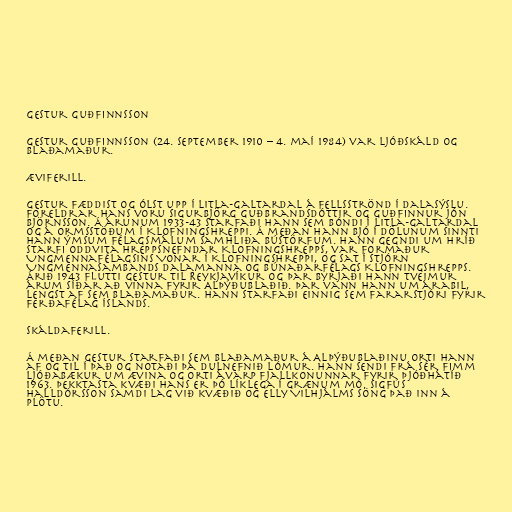
Gestur Guðfinnsson

Gestur Guðfinnsson (24. september 1910 – 4. maí 1984) var ljóðskáld og
blaðamaður.

Æviferill.

Gestur fæddist og ólst upp í Litla-Galtardal á Fellsströnd í Dalasýslu.
Foreldrar hans voru Sigurbjörg Guðbrandsdóttir og Guðfinnur Jón
Björnsson. Á árunum 1933-43 starfaði hann sem bóndi í Litla-Galtardal
og á Ormsstöðum í Klofningshreppi. Á meðan hann bjó í Dölunum sinnti
hann ýmsum félagsmálum samhliða bústörfum. Hann gegndi um hríð
starfi oddvita hreppsnefndar Klofningshrepps, var formaður
Ungmennafélagsins Vonar í Klofningshreppi, og sat í stjórn
Ungmennasambands Dalamanna og Búnaðarfélags Klofningshrepps.
Árið 1943 flutti Gestur til Reykjavíkur og þar byrjaði hann tveimur
árum síðar að vinna fyrir Alþýðublaðið. Þar vann hann um árabil,
lengst af sem blaðamaður. Hann starfaði einnig sem fararstjóri fyrir
Ferðafélag Íslands.

Skáldaferill.

Á meðan Gestur starfaði sem blaðamaður á Alþýðublaðinu orti hann
af og til í það og notaði þá dulnefnið Lómur. Hann sendi frá sér fimm
ljóðabækur um ævina og orti ávarp fjallkonunnar fyrir þjóðhátíð
1963. Þekktasta kvæði hans er þó líklega Í grænum mó. Sigfús
Halldórsson samdi lag við kvæðið og Elly Vilhjálms söng það inn á
plötu.